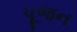
પૂજન